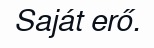
Saját erő.